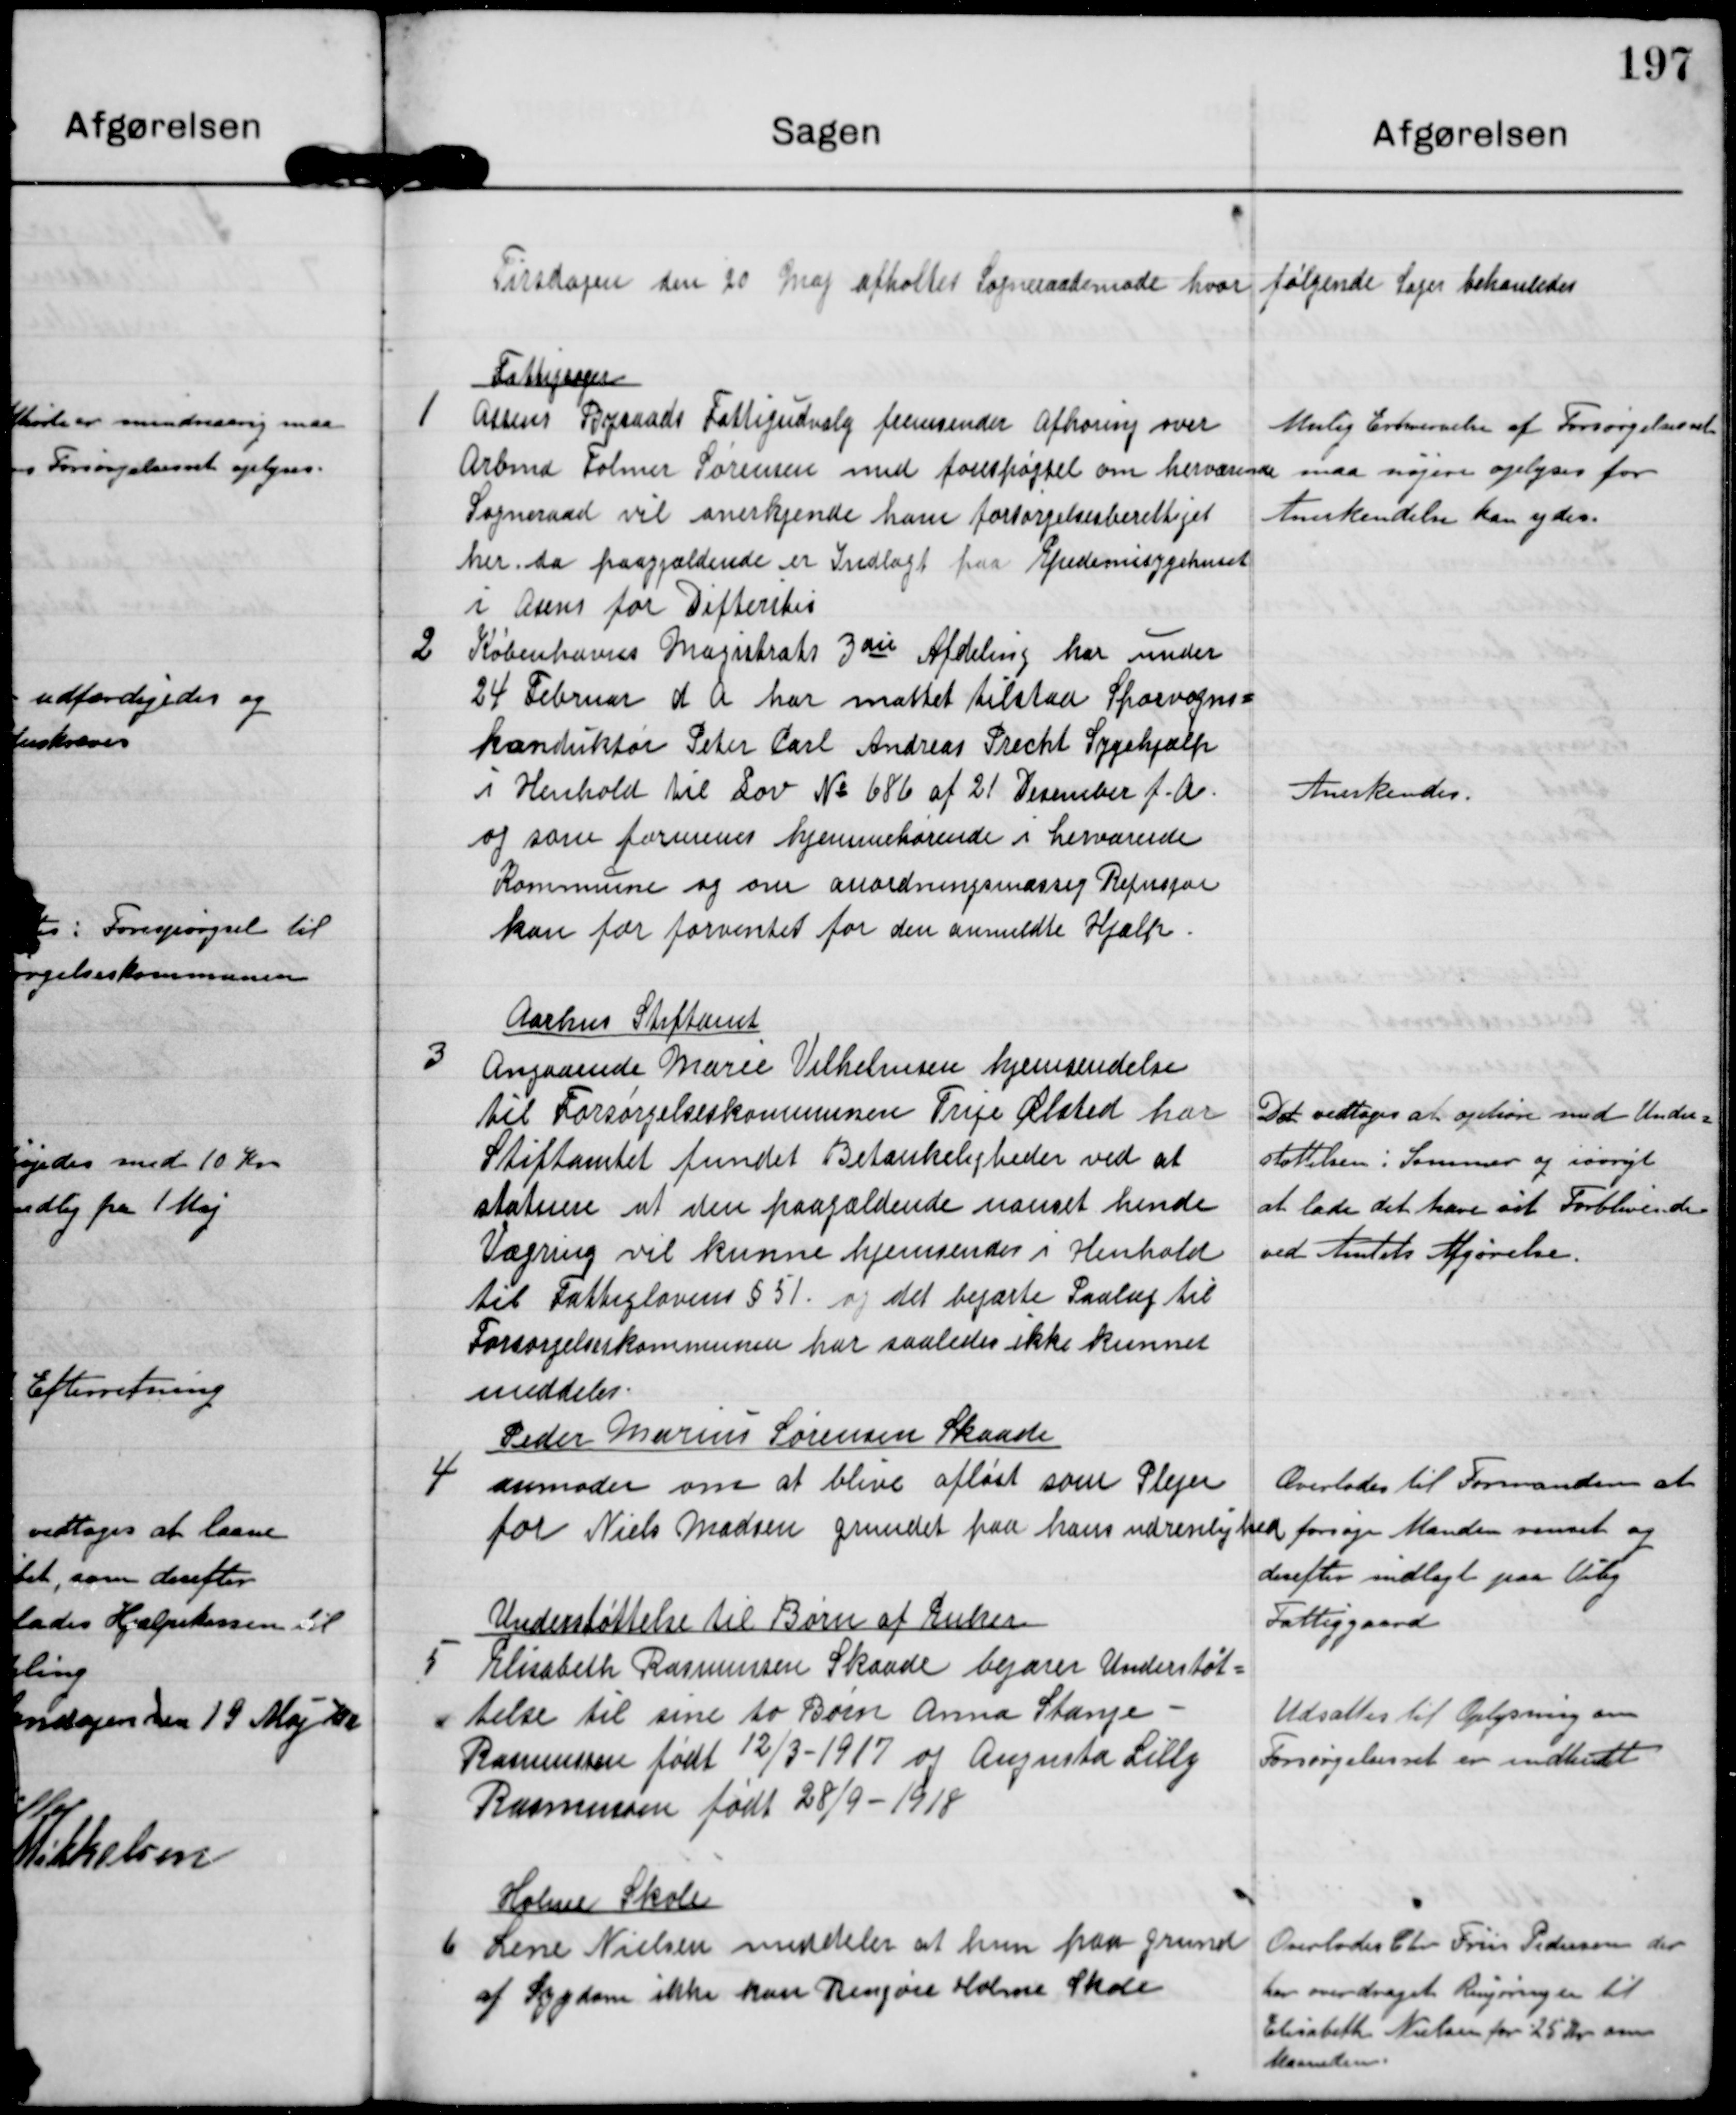
Transskription:
Tirsdagen den 20 Maj afholtes Sogneraadsmøde hvor følgende Sager behandledes

1

Fattigsager
Assens Byraads Fattigudvalg fremsender Afhøring over
Arbmd Folmer Sørensen med forespørgsel om herværende
Sogneraad vil anerkjende ham forsørgelsesberettiget
her da paagjældende er Indlagt paa Epidemisygehuset
i Asens for Difteritis.

Mulig Erhvervelse af Forsørgelsesret
maa nøjere oplyses for
Anerkendelse kan ydes

2

Københavns Magistrats 3die Afdeling har under
24. Februar d A har mattet tilstaa Sporvogns-
konduktør Peter Carl Andreas Precht Sygehjælp
i Henhold til Lov No 686 af 21 Desember f.A
og som formener hjemmehørende i herværende
Kommune og om anordningsmæssig Refusion
kan for forventet for den anmeldte Hjælp

Anerkendes

3

Aarhus Stiftamt
Angaaende Marie Vilhelmsen hjemsendelse
til Forsørgelseskommunen Trige Ølsted har
Stiftamtet fundet Betænkeligheder ved at
statuere at den paagældende uanset hende
Vægring vil kunne hjemsendes i Henhold
til Fattiglovens §51 og det begærte Paalæg til
Forsørgelseskommunen har saaledes ikke kunnet
meddeles

Det vedtoges at ophøre med Under-
støttelsen i Sommer og iøvrigt
at lade det have sit Forblivende
ved Amtets Afgørelse

4

Peder Marius Sørensen Skaade
anmoder om at blive afløst som Plejer
for Niels Madsen grundet paa han udrenlighed

Overlades til Formanden at
forsøge Manden  renset og
derefter indlagt paa Viby
Fattiggaard

5

Understøttelse til Børn af Enker
Elisabeth Rasmussen Skaade begærer Understøt-
telse til sine to Børn Anna Stampe
Rasmussen født 12/3-1917 og Augusta Lilly
Rasmussen født 28/9-1918

Udsattes til Oplysning om
Forsørgelsesret er indhentet

6

Holme Skole
Lene Nielsen meddeler at hun paa grund
af Sygdom ikke kan Rengøre Holme Skole

Overlades Chr. Friis Pedersen der
har overdraget Rengøringen til
Elisabeth Nielsen for 25 Kr om
Maaneden.